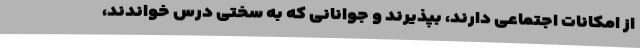
از امکانات اجتماعی دارند، بپذیرند و جوانانی که به سختی درس خواندند،